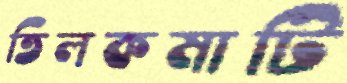
তিলকমাটি